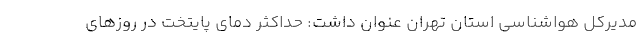
مدیرکل هواشناسی استان تهران عنوان داشت: حداکثر دمای پایتخت در روزهای